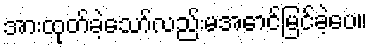
အားထုတ်ခဲ့သော်လည်းမအောင်မြင်ခဲ့ပေ။